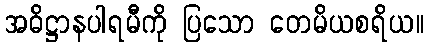
အဓိဋ္ဌာနပါရမီကို ပြသော တေမိယစရိယ။